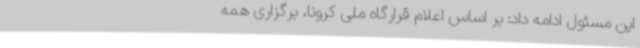
این مسئول ادامه داد: بر اساس اعلام قرارگاه ملی کرونا، برگزاری همه